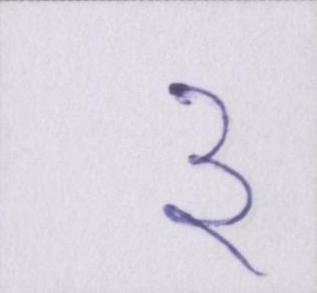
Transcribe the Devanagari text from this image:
३